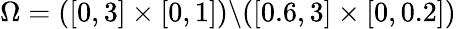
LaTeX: \Omega=([0,3]\times[0,1])\backslash([0.6,3]\times[0,0.2])